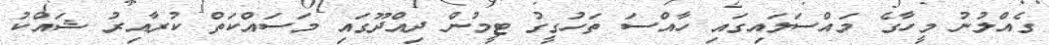
ގެއްލުނު މީހާގެ މައްސަލައިގައި ހާއްސަ ތަހުގީގު ޓީމުން ދިއްދޫގައި މަސައްކަތް ކުރާއިރު ޝައްކު